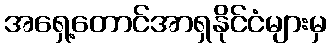
အရှေ့တောင်အာရှနိုင်ငံများမှ